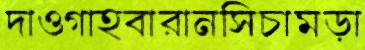
দাওগাহবারানসিচামড়া